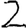
Digit: 2